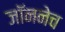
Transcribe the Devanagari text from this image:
जॉननेच